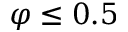
\varphi \leq 0 . 5